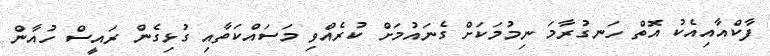
ފާކްއާއިއެކު އޮތް ހަނގުރާމަ ނިމުމަކަށް ގެނައުމަށް ކުރެއްވި މަަސައްކަތާއި ގުޅިގެން ރައީސް ހުއާން